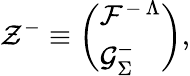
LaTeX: {\cal Z}^{-}\equiv\left(\begin{array}{l}{{{\cal F}^{-\, \Lambda}}}\\ {{{\cal G}_{\Sigma}^{-}}}\end{array}\right),